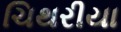
ચિથરીયા